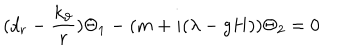
( d _ { r } - { \frac { k _ { \vartheta } } r } ) \Theta _ { 1 } - ( m + i ( \lambda - g H ) ) \Theta _ { 2 } = 0